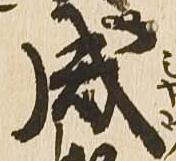
成